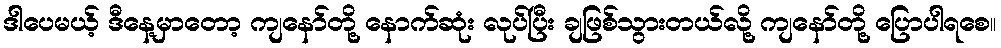
ဒါပေမယ့် ဒီနေ့မှာတော့ ကျနော်တို့ နောက်ဆုံး လုပ်ပြီး ချဖြစ်သွားတယ်လို့ ကျနော်တို့ ပြောပါရစေ။